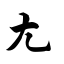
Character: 尢